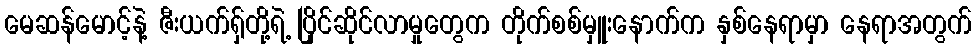
မေဆန်မောင့်နဲ့ ဇီးယက်ရှ်တို့ရဲ့ ပြိုင်ဆိုင်လာမှုတွေက တိုက်စစ်မှူးနောက်က နှစ်နေရာမှာ နေရာအတွက်